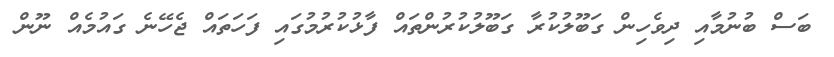
ބަސް ބުނުމާއި ދިވެހިން ގަބޫލުކުރާ ގަބޫލުކުރުންތައް ފާޅުކުރުމުގައި ފަހަތައް ޖެހޭނެ ގައުމެއް ނޫން